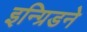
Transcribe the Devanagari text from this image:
इन्ग्रिडने